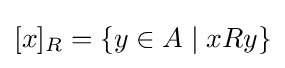
[x]_{R}=\{y\in A\mid xRy\}